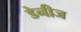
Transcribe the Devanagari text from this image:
डेनीज